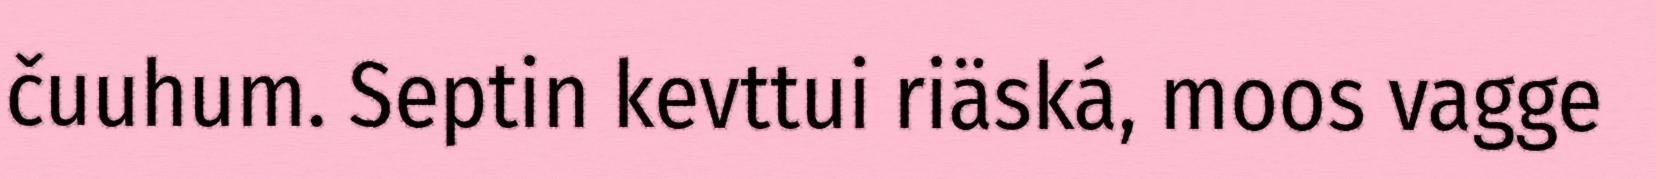
čuuhum. Septin kevttui riäská, moos vagge